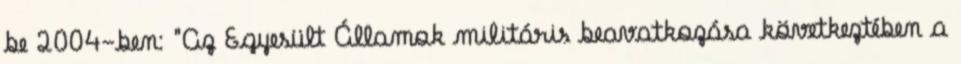
be 2004-ben: "Az Egyesült Államok militáris beavatkozása következtében a